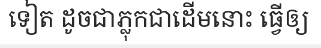
ទៀត ដូចជាភ្លុកជាដើមនោះ ធ្វើឲ្យ